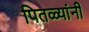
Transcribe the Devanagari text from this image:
पितळ्यांनी